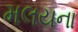
મલયના